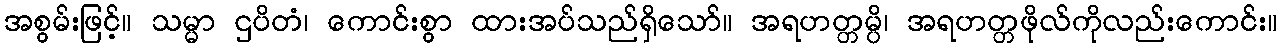
အစွမ်းဖြင့်။ သမ္မာ ဌပိတံ၊ ကောင်းစွာ ထားအပ်သည်ရှိသော်။ အရဟတ္တမ္ပိ၊ အရဟတ္တဖိုလ်ကိုလည်းကောင်း။